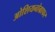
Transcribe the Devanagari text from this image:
ओशियनोग्राफर